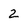
Character: 2